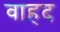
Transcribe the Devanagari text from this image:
वाहद